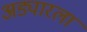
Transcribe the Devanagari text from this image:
अड्यारला